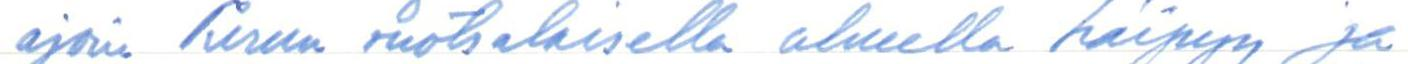
ajoin Turun ruotsalaisella alueella häipyy ja